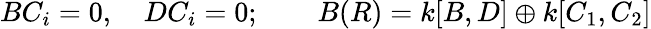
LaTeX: BC_{i}=0,\quad DC_{i}=0;\qquad B(R)=k[B,D]\oplus k[C_{1},C_{2}]